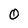
Character: 0